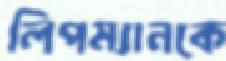
লিপম্যানকে